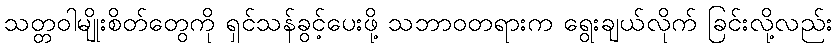
သတ္တဝါမျိုးစိတ်တွေကို ရှင်သန်ခွင့်ပေးဖို့ သဘာဝတရားက ရွေးချယ်လိုက် ခြင်းလို့လည်း